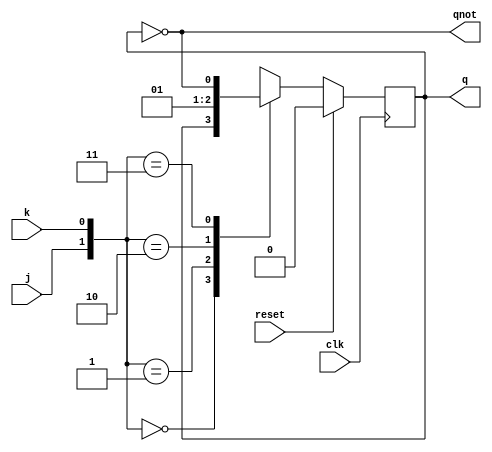
`timescale 1ns / 1ps
//////////////////////////////////////////////////////////////////////////////////
// Company: 
// Engineer: 
// 
// Design Name: 
// Module Name:    jkff 
// Project Name: 
// Target Devices: 
// Tool versions: 
// Description: 
//
// Dependencies: 
//
// Revision: 
// Revision 0.01 - File Created
// Additional Comments: 
//
//////////////////////////////////////////////////////////////////////////////////
module jkff(input reset,input clk,input j,input k,output reg q,output qnot);
assign qnot=~q;
always @(posedge clk)
	if(reset) q<=1'b0;else
	case ({j,k})
     2'b00: q<=q;
     2'b01: q<=1'b0;
     2'b10: q<=1'b1;
     2'b11: q<=~q;
	endcase
endmodule